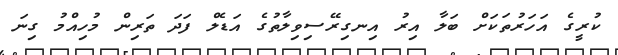
ކުރީގެ އަހަރުތަކަށް ބަލާ އިރު އިނގިރޭސިވިލާތުގެ އަޑެލް ފަދަ ތަރިން މުހިއްމު ގިނަ